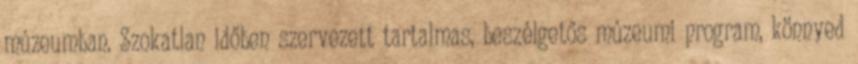
múzeumban. Szokatlan időben szervezett tartalmas, beszélgetős múzeumi program, könnyed